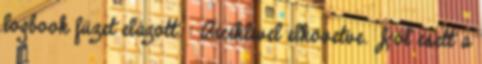
logbook füzet elázott. : Biciklivel elkövetve. Jól esett a